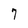
Character: 7